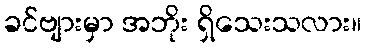
ခင်ဗျားမှာ အဘိုး ရှိသေးသလား။